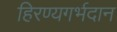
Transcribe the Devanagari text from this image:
हिरण्यगर्भदान